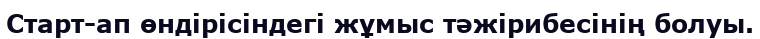
Старт-ап өндірісіндегі жұмыс тәжірибесінің болуы.